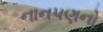
નાનપણનો